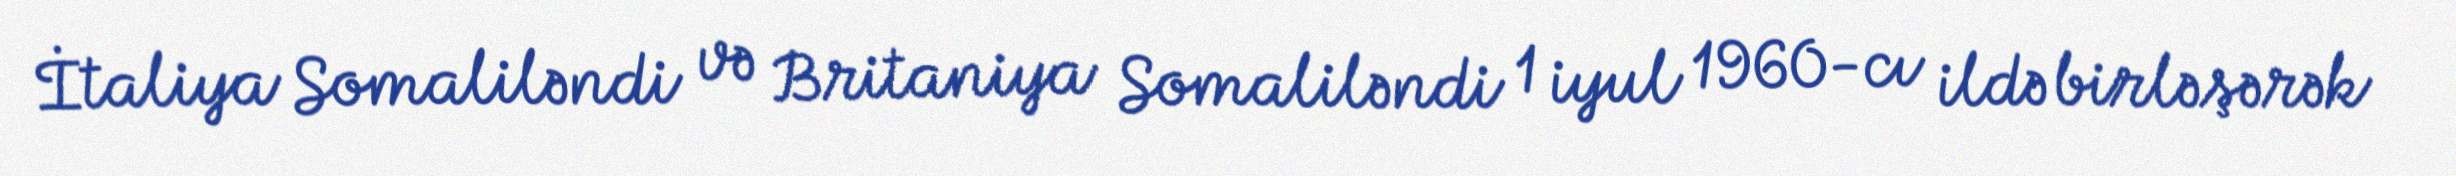
İtaliya Somaliləndi və Britaniya Somaliləndi 1 iyul 1960-cı ildə birləşərək